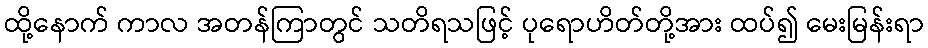
ထို့နောက် ကာလ အတန်ကြာတွင် သတိရသဖြင့် ပုရောဟိတ်တို့အား ထပ်၍ မေးမြန်းရာ